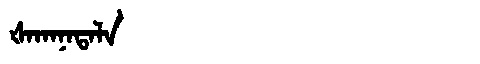
Manchu: ᡧᠠᡴᠠᠨᠠᡨᠠᠯᠠ
Romanization: ŠAKANATALA